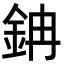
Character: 䤡